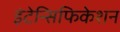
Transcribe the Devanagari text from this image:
इंटेन्सिफिकेशन